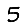
Digit: 5